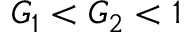
G _ { 1 } < G _ { 2 } < 1